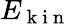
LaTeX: E_{\mathrm{~k~i~n~}}